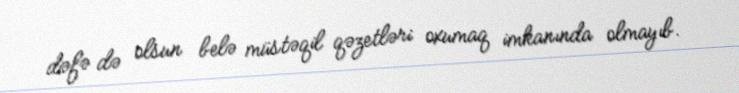
dəfə də olsun belə müstəqil qəzetləri oxumaq imkanında olmayıb.